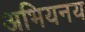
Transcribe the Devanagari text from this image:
अभियनय